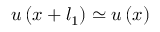
\boldsymbol { u } \left( \boldsymbol { x } + \boldsymbol { l } _ { 1 } \right) \simeq \boldsymbol { u } \left( \boldsymbol { x } \right)